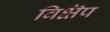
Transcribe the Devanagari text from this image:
विक्षॆप